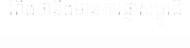
រំពឹងថានឹងមានការផ្លាស់ប្តូរដ៏